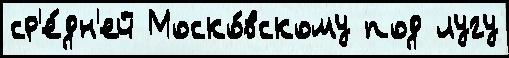
ср'е́дн'ей Моско́вскому под лугу